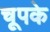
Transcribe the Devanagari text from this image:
चूपके